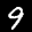
Label: 9